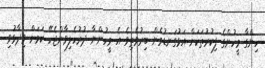
ހިންގާ މީހުންގެ ފިކުރުތަކަށް އަޅުގަނޑުމެން ބިރުވެތިވެ އެ މީހުންނާ ދުރުހެލިވާންޖެހޭ ކަމަށް ވިދާޅުވި